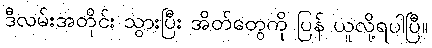
ဒီလမ်းအတိုင်း သွားပြီး အိတ်တွေကို ပြန် ယူလို့ရပါပြီ။